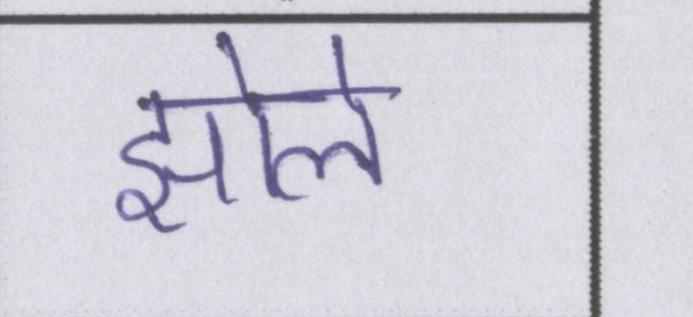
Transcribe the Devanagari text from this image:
झोले